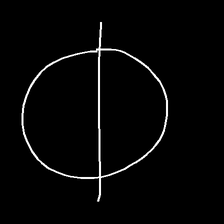
Glyph: orb